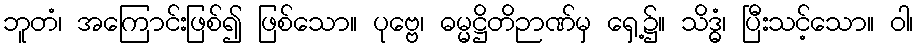
ဘူတံ၊ အကြောင်းဖြစ်၍ ဖြစ်သော။ ပုဗ္ဗေ၊ ဓမ္မဋ္ဌိတိဉာဏ်မှ ရှေ့၌။ သိဒ္ဓံ၊ ပြီးသင့်သော။ ဝါ၊